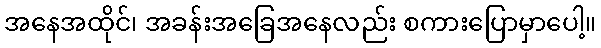
အနေအထိုင်၊ အခန်းအခြေအနေလည်း စကားပြောမှာပေါ့။